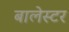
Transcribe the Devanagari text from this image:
बालेस्टर